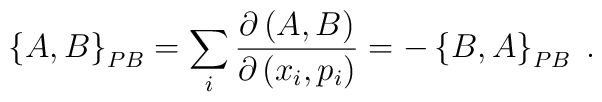
\left\{  A,B\right\}  _{{\footnotesize PB}}=\sum_{i}\frac{\partial\left(A,B\right)  }{\partial\left(  x_{i},p_{i}\right)  }=-\left\{  B,A\right\}_{{\footnotesize PB}}\;.